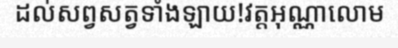
ដល់សព្វសត្វទាំងឡាយ!វត្តអុណ្ណាលោម